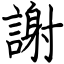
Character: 謝